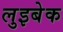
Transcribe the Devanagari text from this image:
लुइबेक